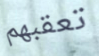
تعقبهم